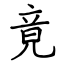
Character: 竟